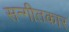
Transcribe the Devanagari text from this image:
सन्गीतकार